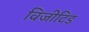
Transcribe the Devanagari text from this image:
विजीटिड